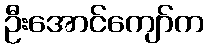
ဦးအောင်ကျော်က